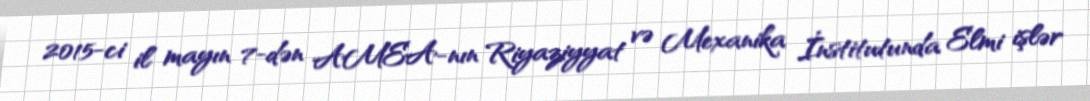
2015-ci il mayın 7-dən AMEA-nın Riyaziyyat və Mexanika İnstitutunda Elmi işlər